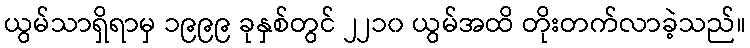
ယွမ်သာရှိရာမှ ၁၉၉၉ ခုနှစ်တွင် ၂၂၁၀ ယွမ်အထိ တိုးတက်လာခဲ့သည်။